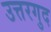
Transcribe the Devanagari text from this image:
उत्तरगुद